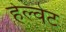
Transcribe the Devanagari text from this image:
हेल्वेट